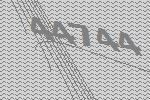
44744